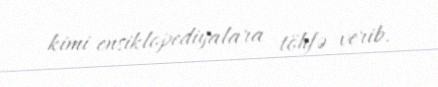
kimi ensiklopediyalara töhfə verib.